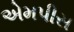
એમપીસ